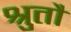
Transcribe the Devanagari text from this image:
श्रुतौ